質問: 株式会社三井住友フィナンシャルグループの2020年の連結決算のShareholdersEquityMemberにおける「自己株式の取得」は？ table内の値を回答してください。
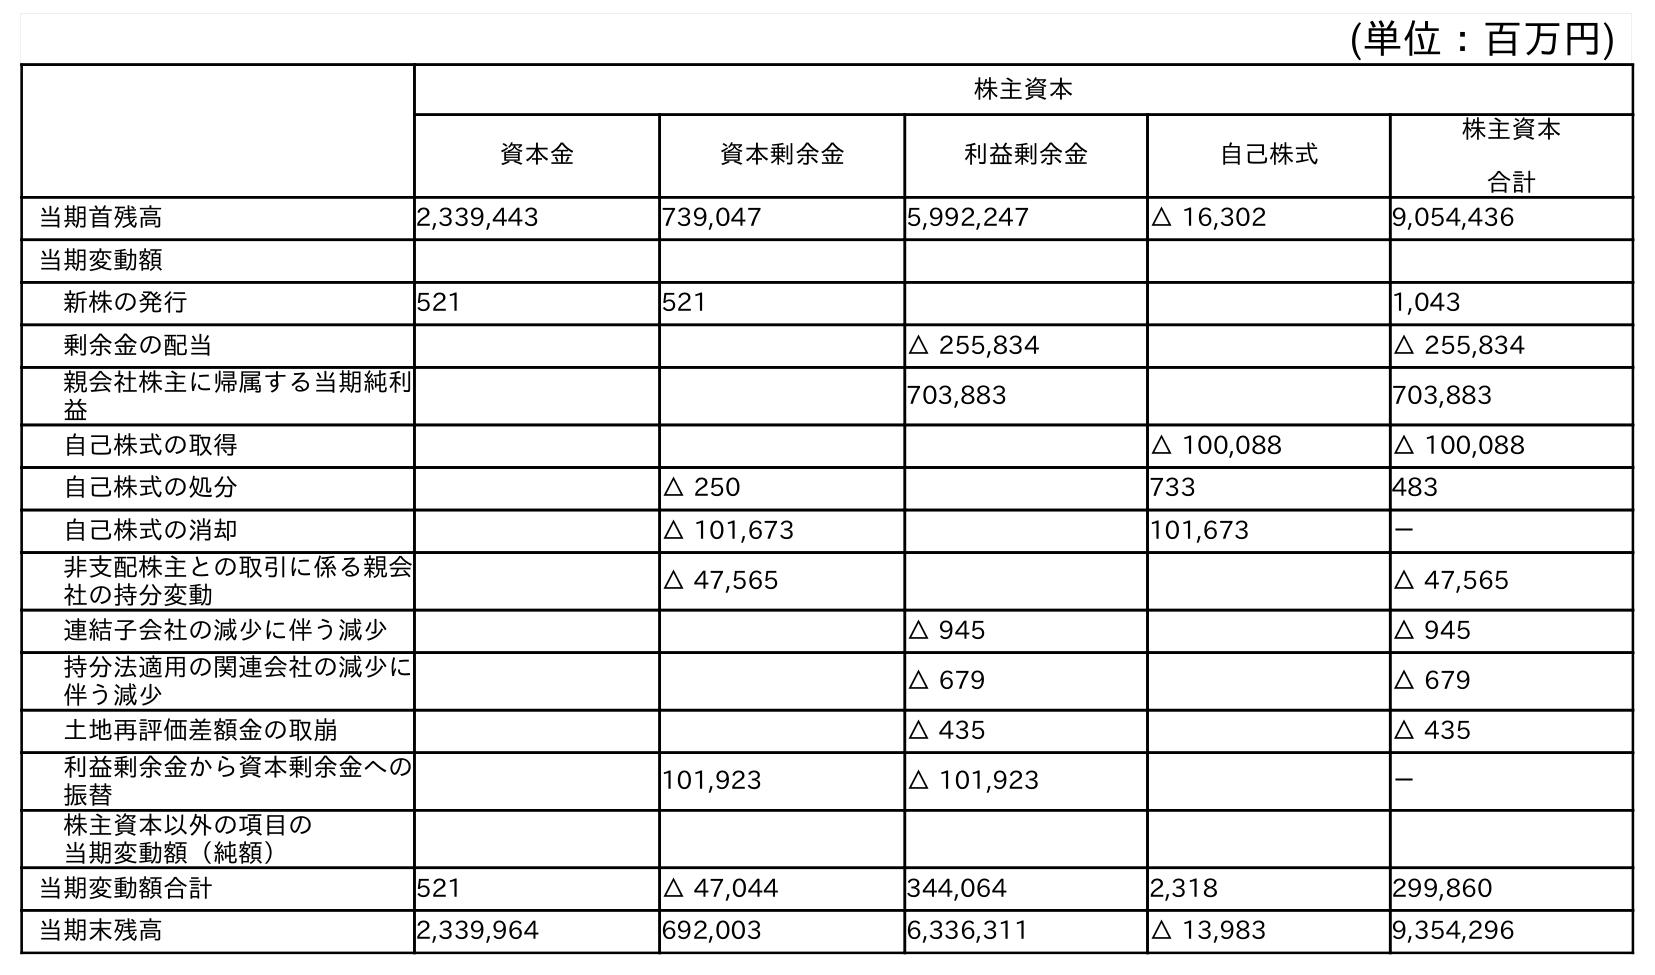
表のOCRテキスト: (単位：百万円) 株主資本 資本金 資本剰余金 利益剰余金 自己株式 株主資本 合計 当期首残高 2,339,443 739,047 5,992,247 △ 16,302 9,054,436 当期変動額 新株の発行 521 521 1,043 剰余金の配当 △ 255,834 △ 255,834 親会社株主に帰属する当期純利 益 703,883 703,883 自己株式の取得 △ 100,088 △ 100,088 自己株式の処分 △ 250 733 483 自己株式の消却 △ 101,673 101,673 － 非支配株主との取引に係る親会 社の持分変動 △ 47,565 △ 47,565 連結子会社の減少に伴う減少 △ 945 △ 945 持分法適用の関連会社の減少に 伴う減少 △ 679 △ 679 土地再評価差額金の取崩 △ 435 △ 435 利益剰余金から資本剰余金への 振替 101,923 △ 101,923 － 株主資本以外の項目の 当期変動額（純額） 当期変動額合計 521 △ 47,044 344,064 2,318 299,860 当期末残高 2,339,964 692,003 6,336,311 △ 13,983 9,354,296
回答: △100,088